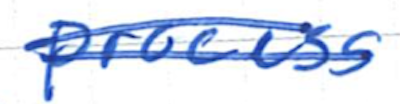
Text: process
Cross-out: double-line
Writing tool: ballpoint